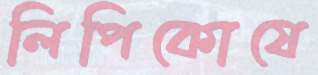
লিপিকোষে